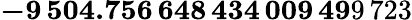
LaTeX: \mathbf{-9\, 504.756\, 648\, 434\, 009\, 49}9\, 723